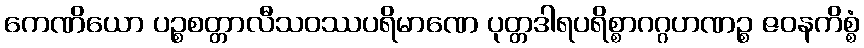
ကေဏိယော ပဉ္စစတ္တာလီသဝဿပရိမာဏေ ပုတ္တဒါရပရိစ္စာဂဂ္ဂဟဏဉ္စ ဇဝနကိစ္စံ